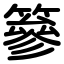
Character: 篸